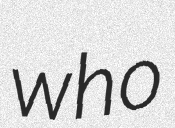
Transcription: who